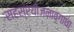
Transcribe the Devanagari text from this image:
सहस्रयोजनावगाधाः